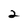
Character: 2